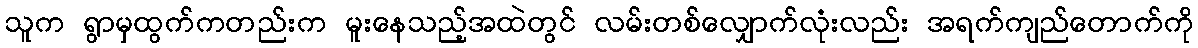
သူက ရွာမှထွက်ကတည်းက မူးနေသည့်အထဲတွင် လမ်းတစ်လျှောက်လုံးလည်း အရက်ကျည်တောက်ကို